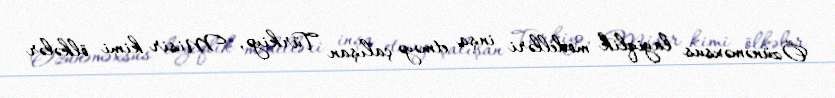
Özünəməxsus layiqlik modelləri inşa etməyə çalışan Türkiyə, Misir kimi ölkələr